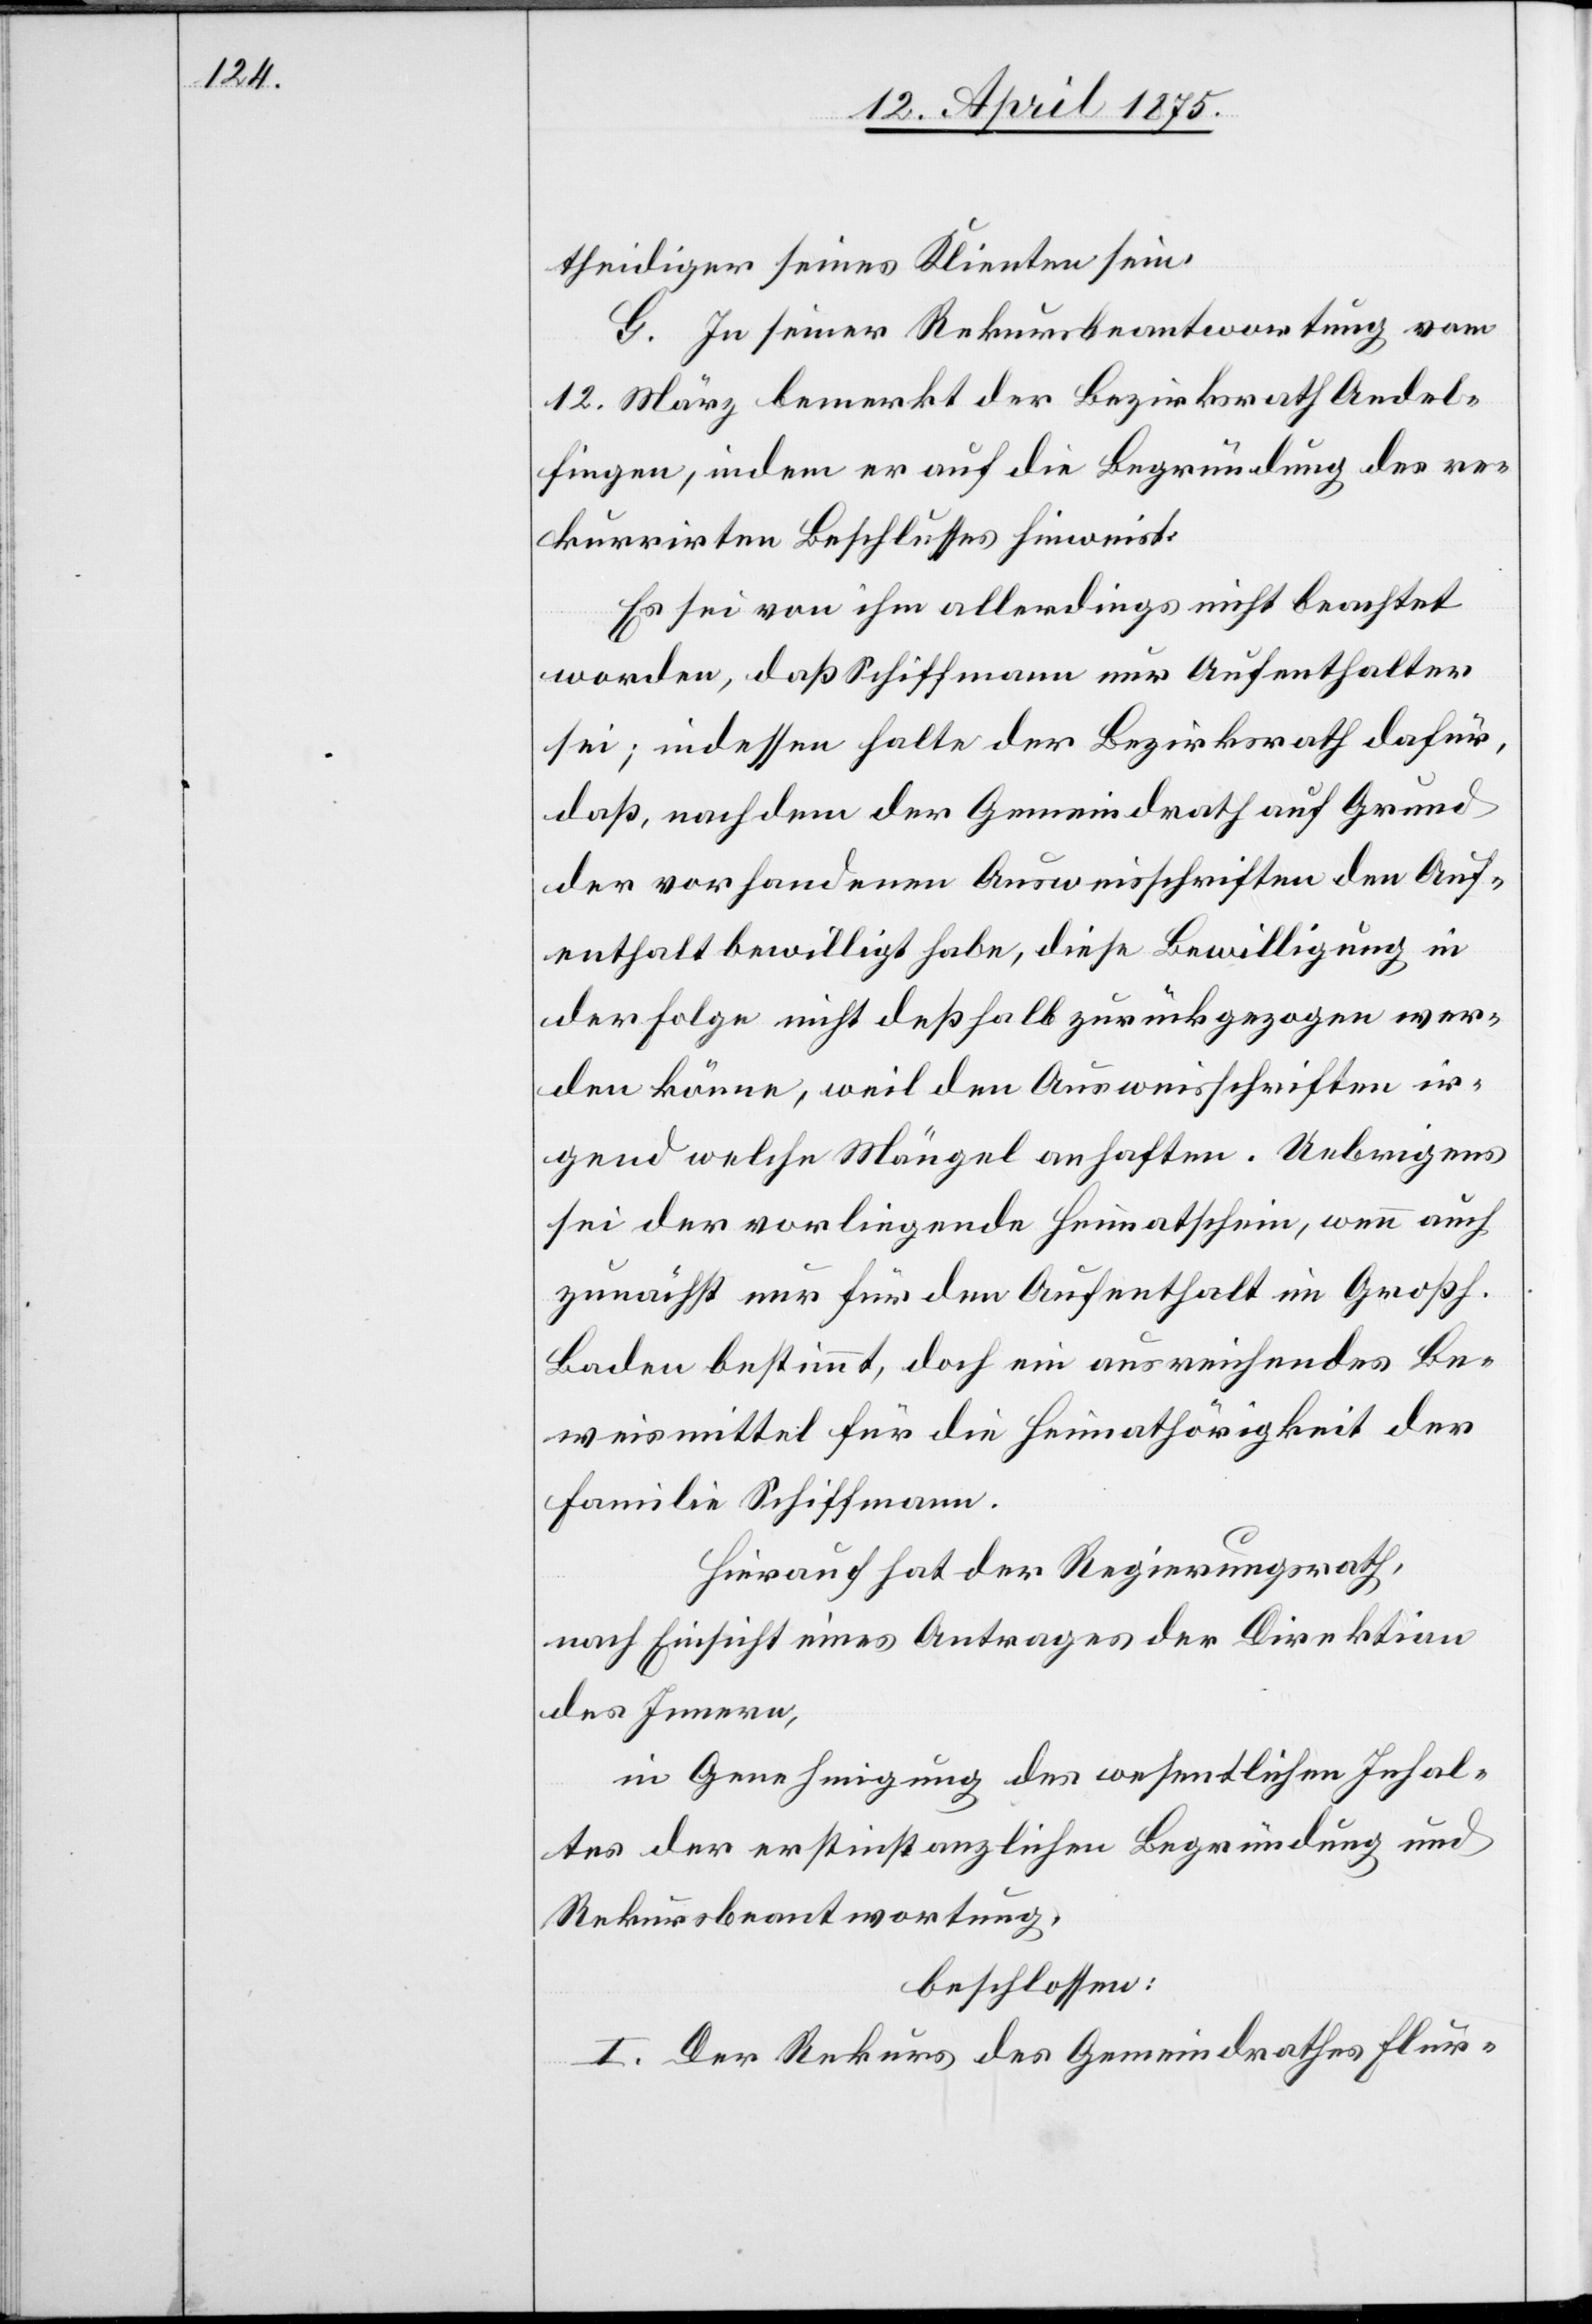
theidiger seines Klienten sein.
G. In seiner Rekursbeantwortung vom
12. März bemerkt der Bezirksrath Andel¬
fingen, indem er auf die Begründung des re¬
kurrirten Beschlußes hinweist.
Es sei von ihm allerdings nicht beachtet
worden, daß Schiffmann nur Aufenthalter
sei; indessen halte der Bezirksrath dafür,
daß, nachdem der Gemeindrath auf Grund
der vorhandenen Ausweisschriften den Auf¬
enthalt bewilligt habe, diese Bewilligung in
der Folge nicht deßhalb zurückgezogen wer¬
den könne, weil den Ausweisschriften ir¬
gend welche Mängel anhaften. Uebrigens
sei der vorliegende Heimatschein, wenn auch
zunächst nur für den Aufenthalt im Großh.
Baden bestimmt, doch ein ausreichendes Be¬
weismittel für die Heimathörigkeit der
Familie Schiffmann.
Hierauf hat der Regierungsrath,
nach Einsicht eines Antrages der Direktion
des Innern,
in Genehmigung des wesentlichen Inhal¬
tes der erstinstanzlichen Begründung und
Rekursbeantwortung,
beschlossen:
I. Der Rekurs des Gemeindrathes Flur-